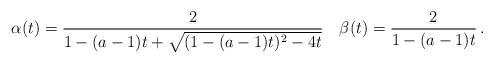
LaTeX: \begin{align*} \alpha(t) = \frac{2}{1 - (a - 1) t + \sqrt{(1 - (a - 1) t)^2 - 4 t}} \quad\beta(t) = \frac{2}{1 - (a - 1) t} \, .\end{align*}